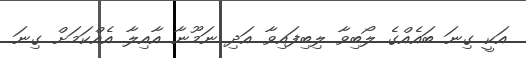
އަކީ ގިނަ ބައެއްގެ ލޯބިވާ ލިބިފައިވާ އަދި ނަމޫނާ އާއިލާ އެއްކަމަށް ގިނަ